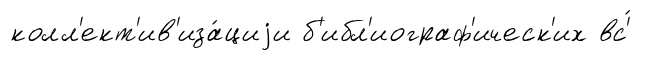
колл'ект'ив'иза́циjи б'ибл'иограф'ическ'их вс'́